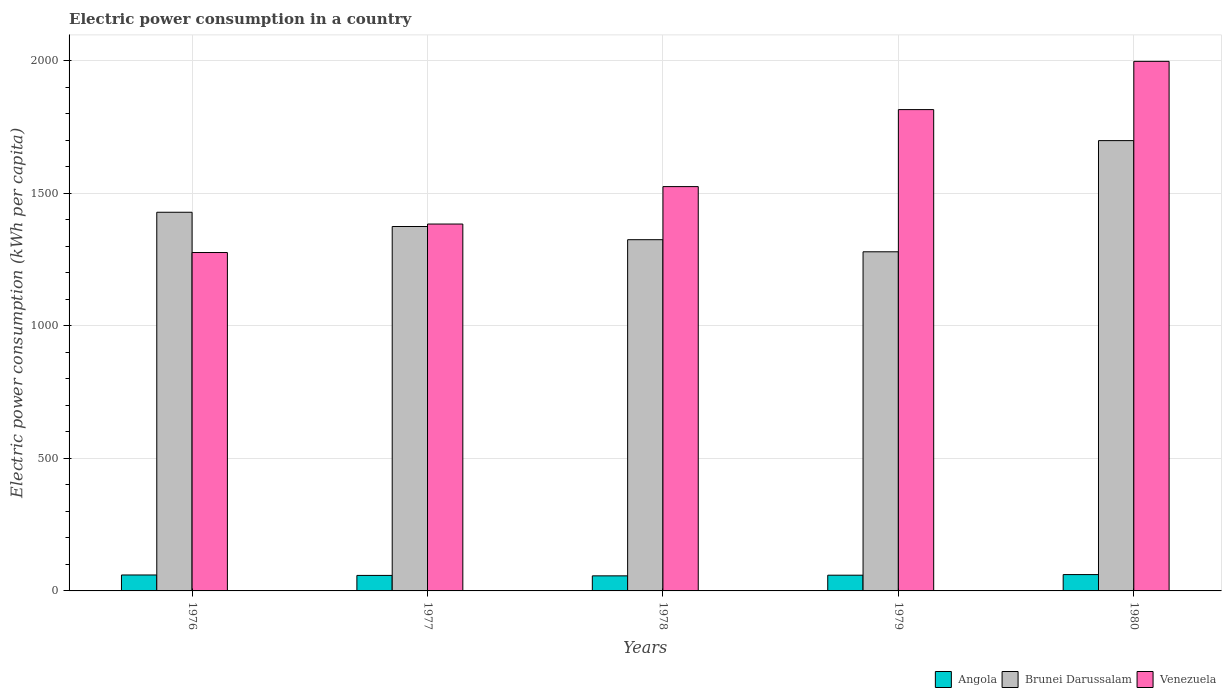
| Years | Angola | Brunei Darussalam | Venezuela |
 | --- | --- | --- | --- |
 | 1976 | 60.1 | 1.43e+03 | 1.28e+03 |
 | 1977 | 58.5 | 1.37e+03 | 1.38e+03 |
 | 1978 | 56.9 | 1.33e+03 | 1.53e+03 |
 | 1979 | 59.3 | 1.28e+03 | 1.82e+03 |
 | 1980 | 61.6 | 1.7e+03 | 2e+03 |